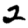
Digit: 2